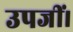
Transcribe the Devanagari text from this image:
उपजीं।